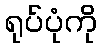
ရုပ်ပုံကို